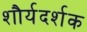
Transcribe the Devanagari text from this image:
शौर्यदर्शक